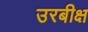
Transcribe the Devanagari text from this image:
उरबीक्ष